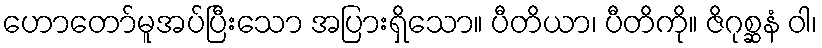
ဟောတော်မူအပ်ပြီးသော အပြားရှိသော။ ပီတိယာ၊ ပီတိကို။ ဇိဂုစ္ဆနံ ဝါ၊